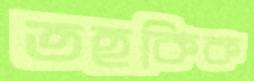
তহকিক